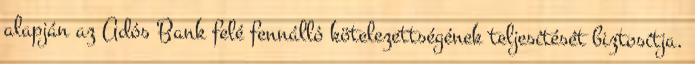
alapján az Adós Bank felé fennálló kötelezettségének teljesítését biztosítja.